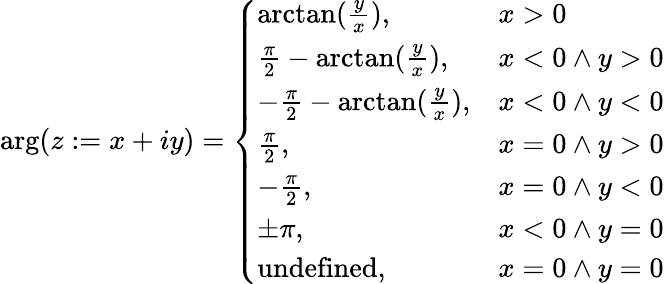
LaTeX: \arg(z:=x+iy)=\left\{ \begin{array}{ll}{\arctan(\frac{y}{x}),}&{x>0}\\ {\frac{\pi}{2}-\arctan(\frac{y}{x}),}&{x<0\land y>0}\\ {-\frac{\pi}{2}-\arctan(\frac{y}{x}),}&{x<0\land y<0}\\ {\frac{\pi}{2},}&{x=0\land y>0}\\ {-\frac{\pi}{2},}&{x=0\land y<0}\\ {\pm\pi,}&{x<0\land y=0}\\ {\mathrm{undefined},}&{x=0\land y=0}\end{array}\right.